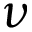
\nu